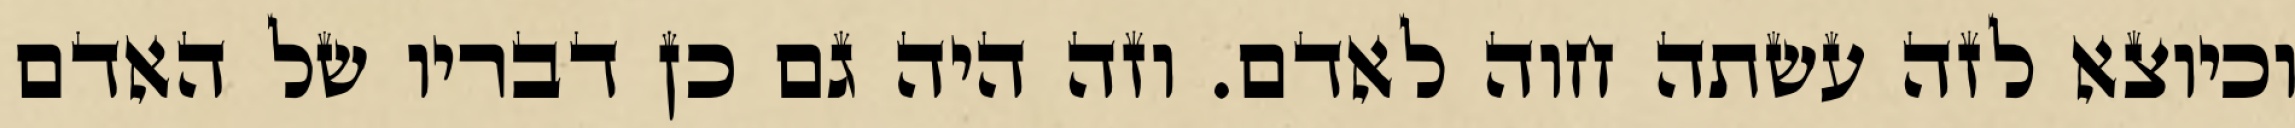
וכיוצא לזה עשתה חוה לאדם. וזה היה גם כן דבריו של האדם